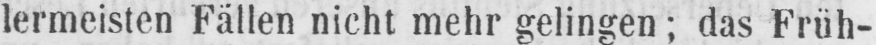
lermeisten Fällen nicht mehr gelingen; das Früh-